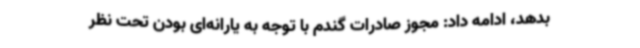
بدهد، ادامه ‌داد: مجوز صادرات گندم با توجه به یارانه‌ای بودن تحت نظر